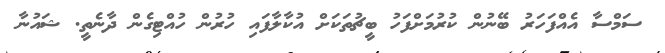
ސަމްސާ އެއްފަހަރު ބޭނުން ކުރުމަށްފަހު ބީޗުތަކަށް އުކާލާފައި ހުރުން ހުއްޓިގެން ދާނެތީ. ޝައުނާ